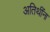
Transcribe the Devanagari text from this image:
अतिथींना